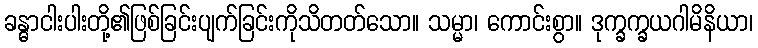
ခန္ဓာငါးပါးတို့၏ဖြစ်ခြင်းပျက်ခြင်းကိုသိတတ်သော။ သမ္မာ၊ ကောင်းစွာ။ ဒုက္ခက္ခယဂါမိနိယာ၊